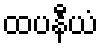
ထပနီယံ